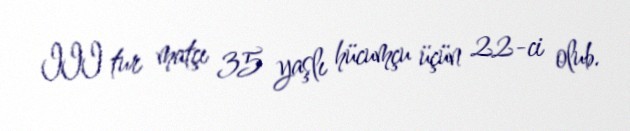
III tur matçı 35 yaşlı hücumçu üçün 22-ci olub.